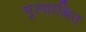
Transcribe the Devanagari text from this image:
मूल्याश्रित